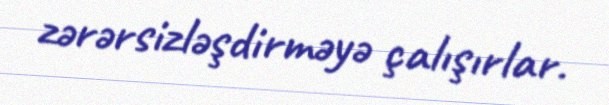
zərərsizləşdirməyə çalışırlar.